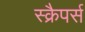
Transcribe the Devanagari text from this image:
स्क्रैपर्स